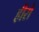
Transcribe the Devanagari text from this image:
हीरो